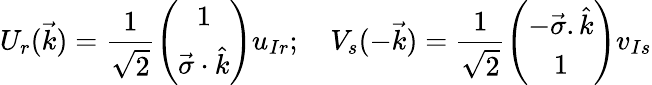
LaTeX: U_{r}(\vec{k})=\frac{1}{\sqrt 2}\left(\begin{array}{c}{{1}}\\ {{\vec{\sigma}\cdot\hat{k}}}\end{array}\right)u_{Ir};\quad V_{s}(-\vec{k})=\frac{1}{\sqrt{2}}\left(\begin{array}{c}{{-\vec{\sigma}.\hat{k}}}\\ {{1}}\end{array}\right)v_{Is}